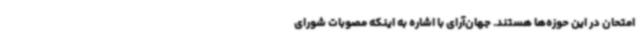
امتحان در این حوزه‌ها هستند. جهان‌آرای با اشاره به اینکه مصوبات شورای